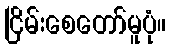
ငြိမ်းစေတော်မူပုံ။